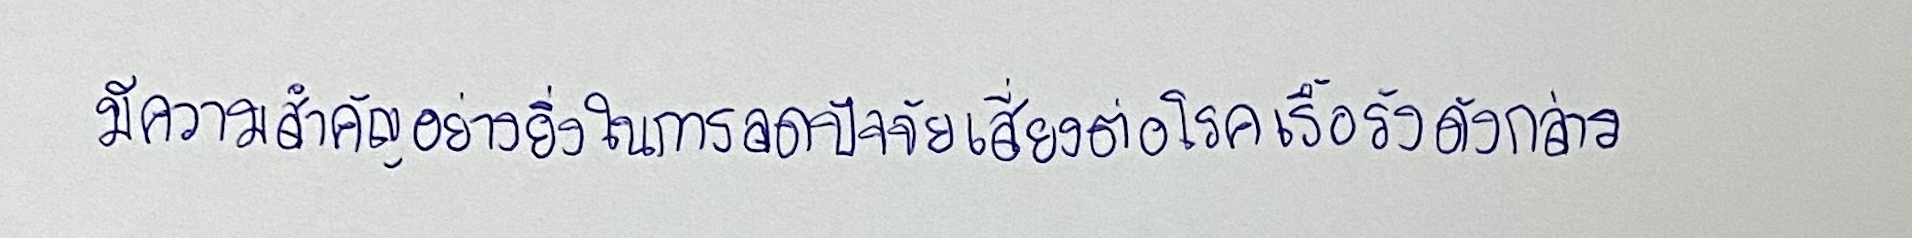
มีความสำคัญอย่างยิ่งในการลดปัจจัยเสี่ยงต่อโรคเรื้อรังดังกล่าว